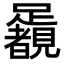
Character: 𨇛